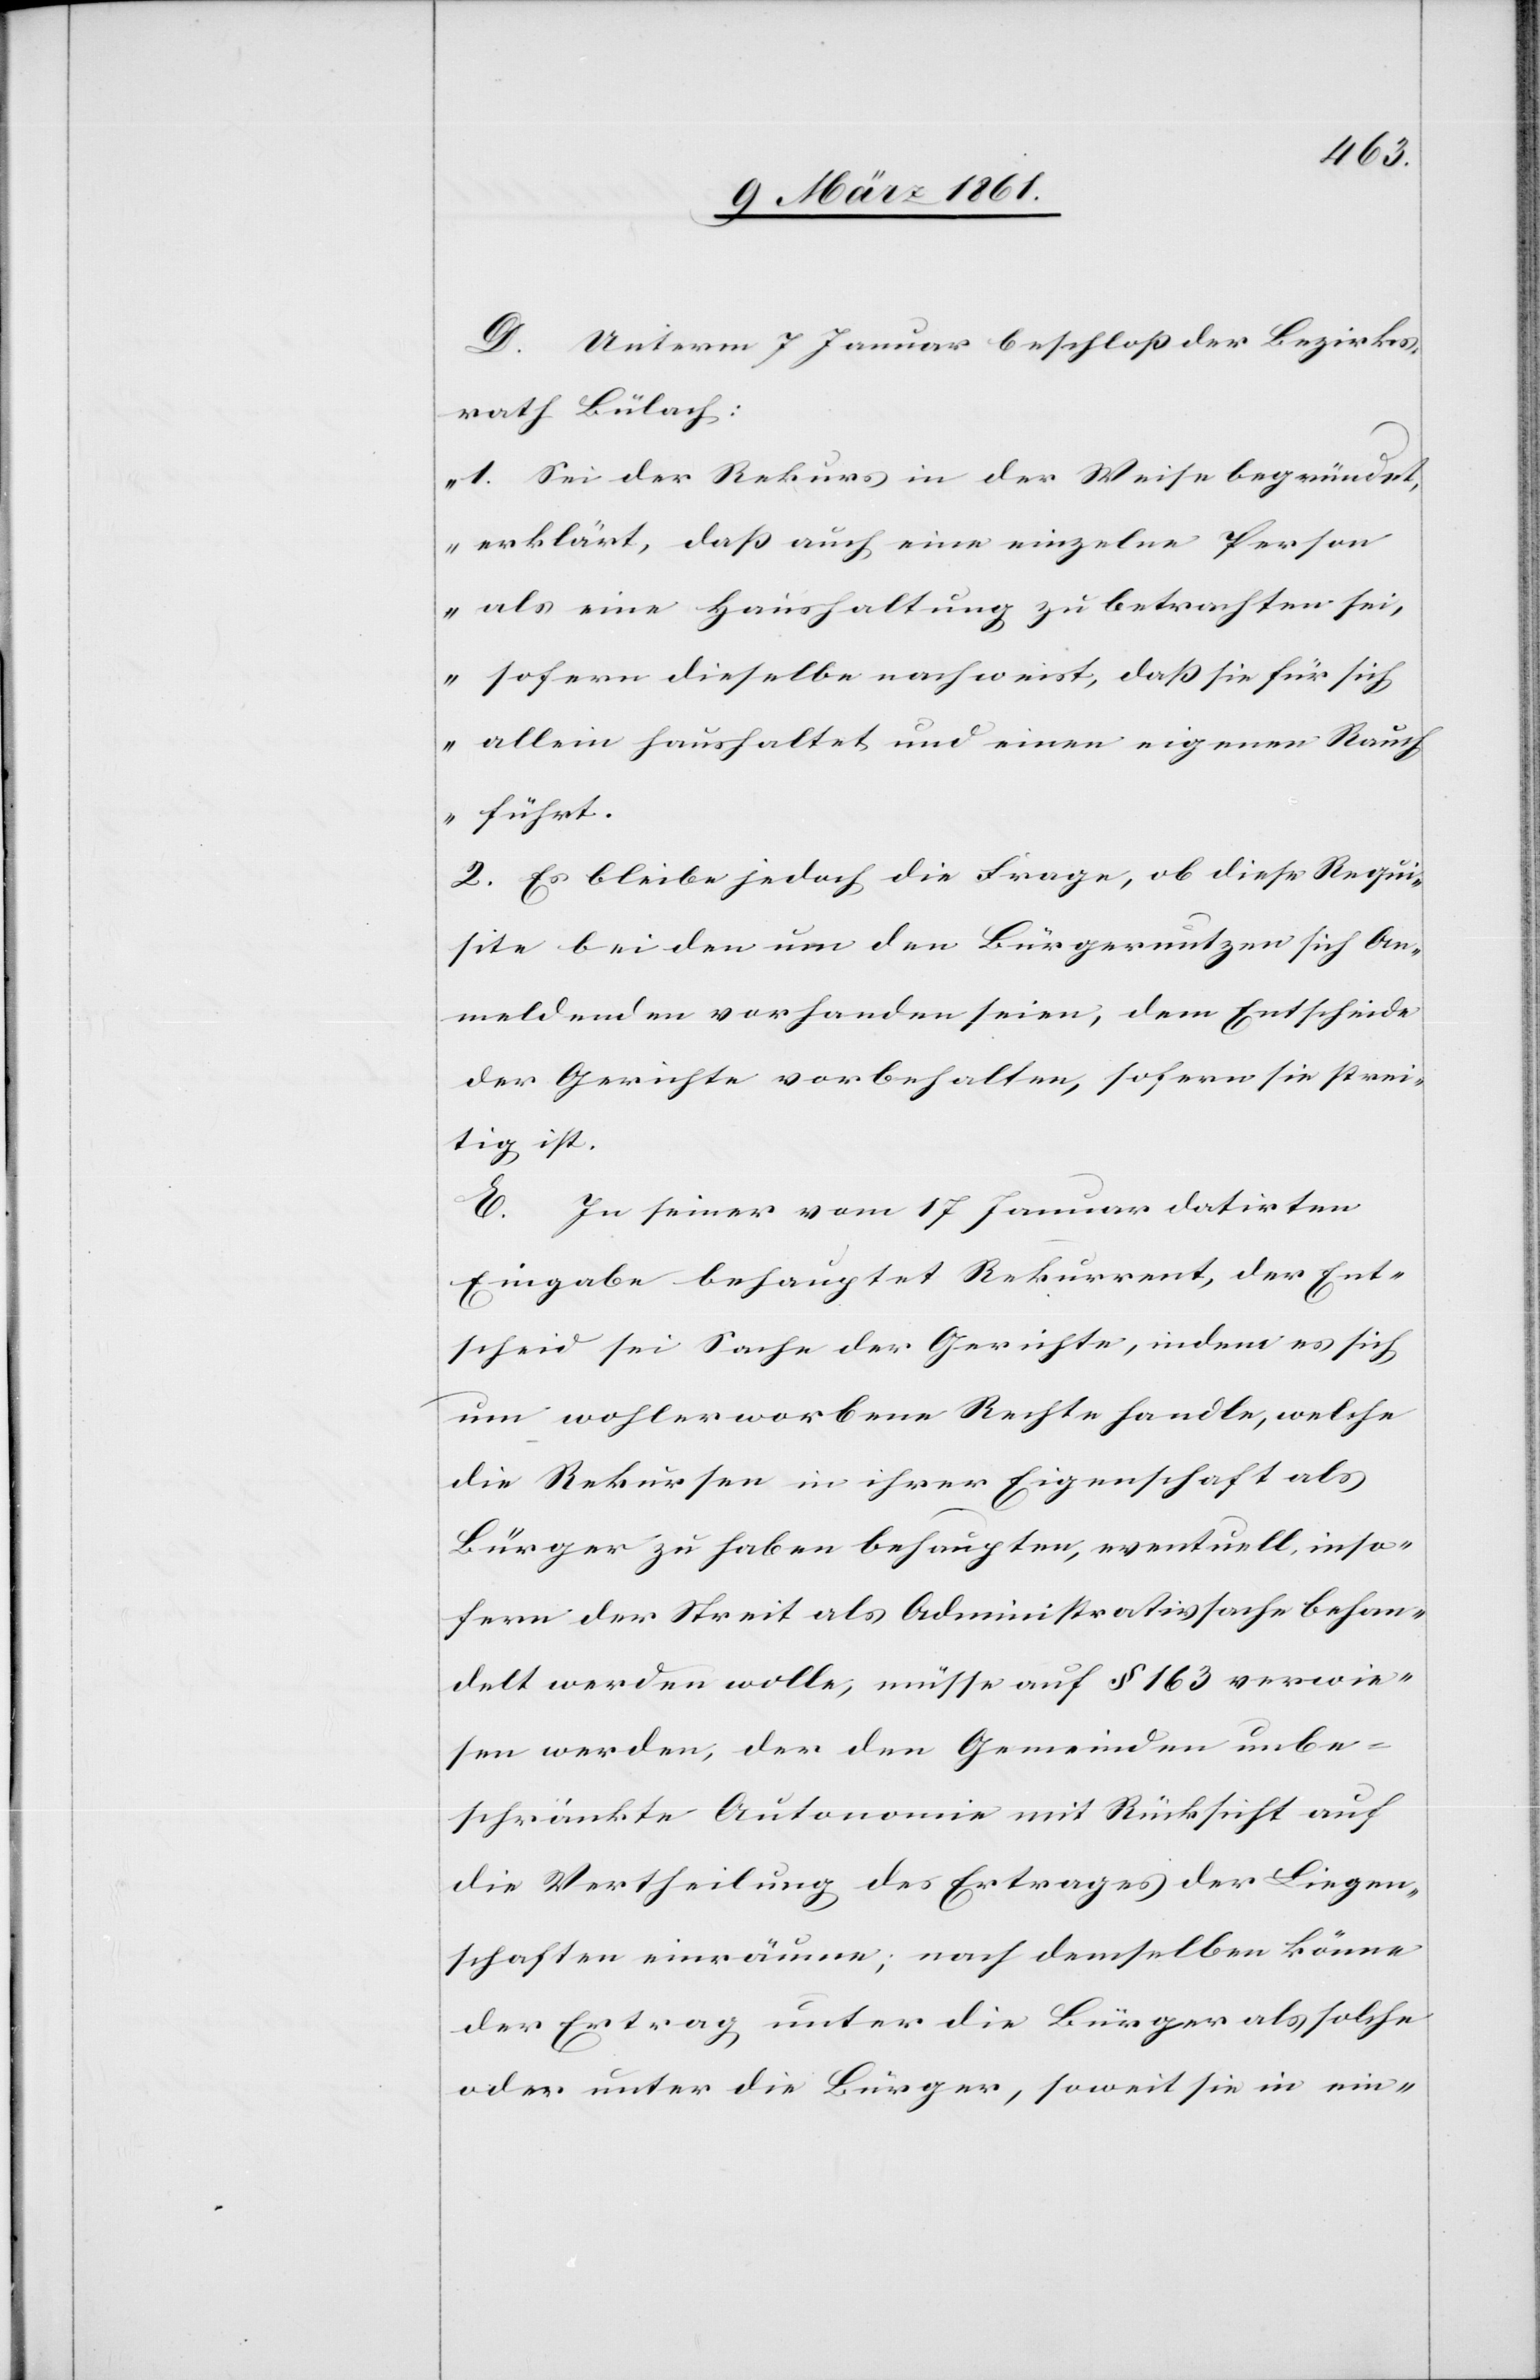
D. Unterm 7 Januar beschloss der Bezirks¬
rath Bülach:
„1. Sei der Rekurs in der Weise begründet,
erklärt, dass auch eine einzelne Person
als eine Haushaltung zu betrachten sei,
sofern dieselbe nachweist, dass sie für sich
allein haushaltet und einen eigenen Rauch
führt.
2. Es bleibt jedoch die Frage, ob diese Requi¬
site bei den um den Bürgernutzen sich An¬
meldenden vorhanden seien, dem Entscheide
der Gerichte vorbehalten, sofern sie strei¬
tig ist.[“]
E. In seiner vom 17 Januar datirten
Eingabe behauptet Rekurrent, der Ent¬
scheid sei Sache der Gerichte, indem es sich
um wohlerworbene Rechte handle, welche
die Rekursen in ihrer Eigenschaft als
Bürger zu haben behaupten, eventuell, inso¬
fern der Streit als Administrativsache behan¬
delt werden solle, müsse auf § 163 verwie¬
sen werden, der den Gemeinden unbe¬
schränkte Autonomie mit Rücksicht auf
die Vertheilung des Ertrages der Liegen¬
schaften einräume; nach demselben könne
der Ertrag unter die Bürger als solche
oder unter die Bürger, soweit sie in ein-